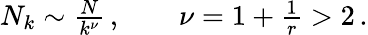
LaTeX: \begin{array}{r}{N_{k}\sim\frac{N}{k^{\nu}}\, ,\qquad\nu=1+\frac{1}{r}>2\, .}\end{array}